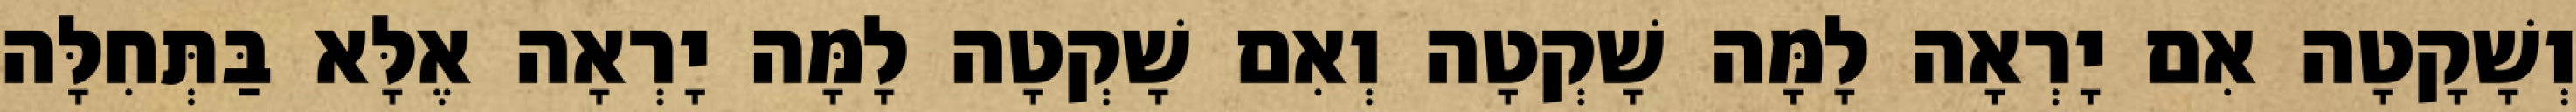
וְשָׁקָטָה אִם יָרְאָה לָמָּה שָׁקְטָה וְאִם שָׁקְטָה לָמָּה יָרְאָה אֶלָּא בַּתְּחִלָּה